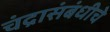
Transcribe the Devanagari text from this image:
चंद्रासंबंधीचे